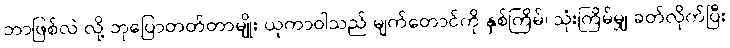
ဘာဖြစ်လဲ လို့ ဘုပြောတတ်တာမျိုး ယုကာဝါသည် မျက်တောင်ကို နှစ်ကြိမ်၊ သုံးကြိမ်မျှ ခတ်လိုက်ပြီး